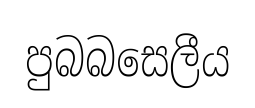
පුබබසෙලීය